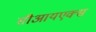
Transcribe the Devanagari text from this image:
सीआयएक्स